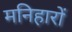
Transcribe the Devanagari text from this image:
मनिहारों